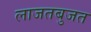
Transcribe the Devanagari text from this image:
लाजतबुजत